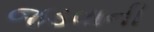
જડવાની